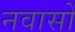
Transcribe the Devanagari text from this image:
नवासों